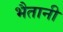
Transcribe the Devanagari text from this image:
भैतानी